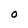
Character: o